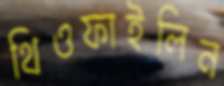
থিওফাইলিন